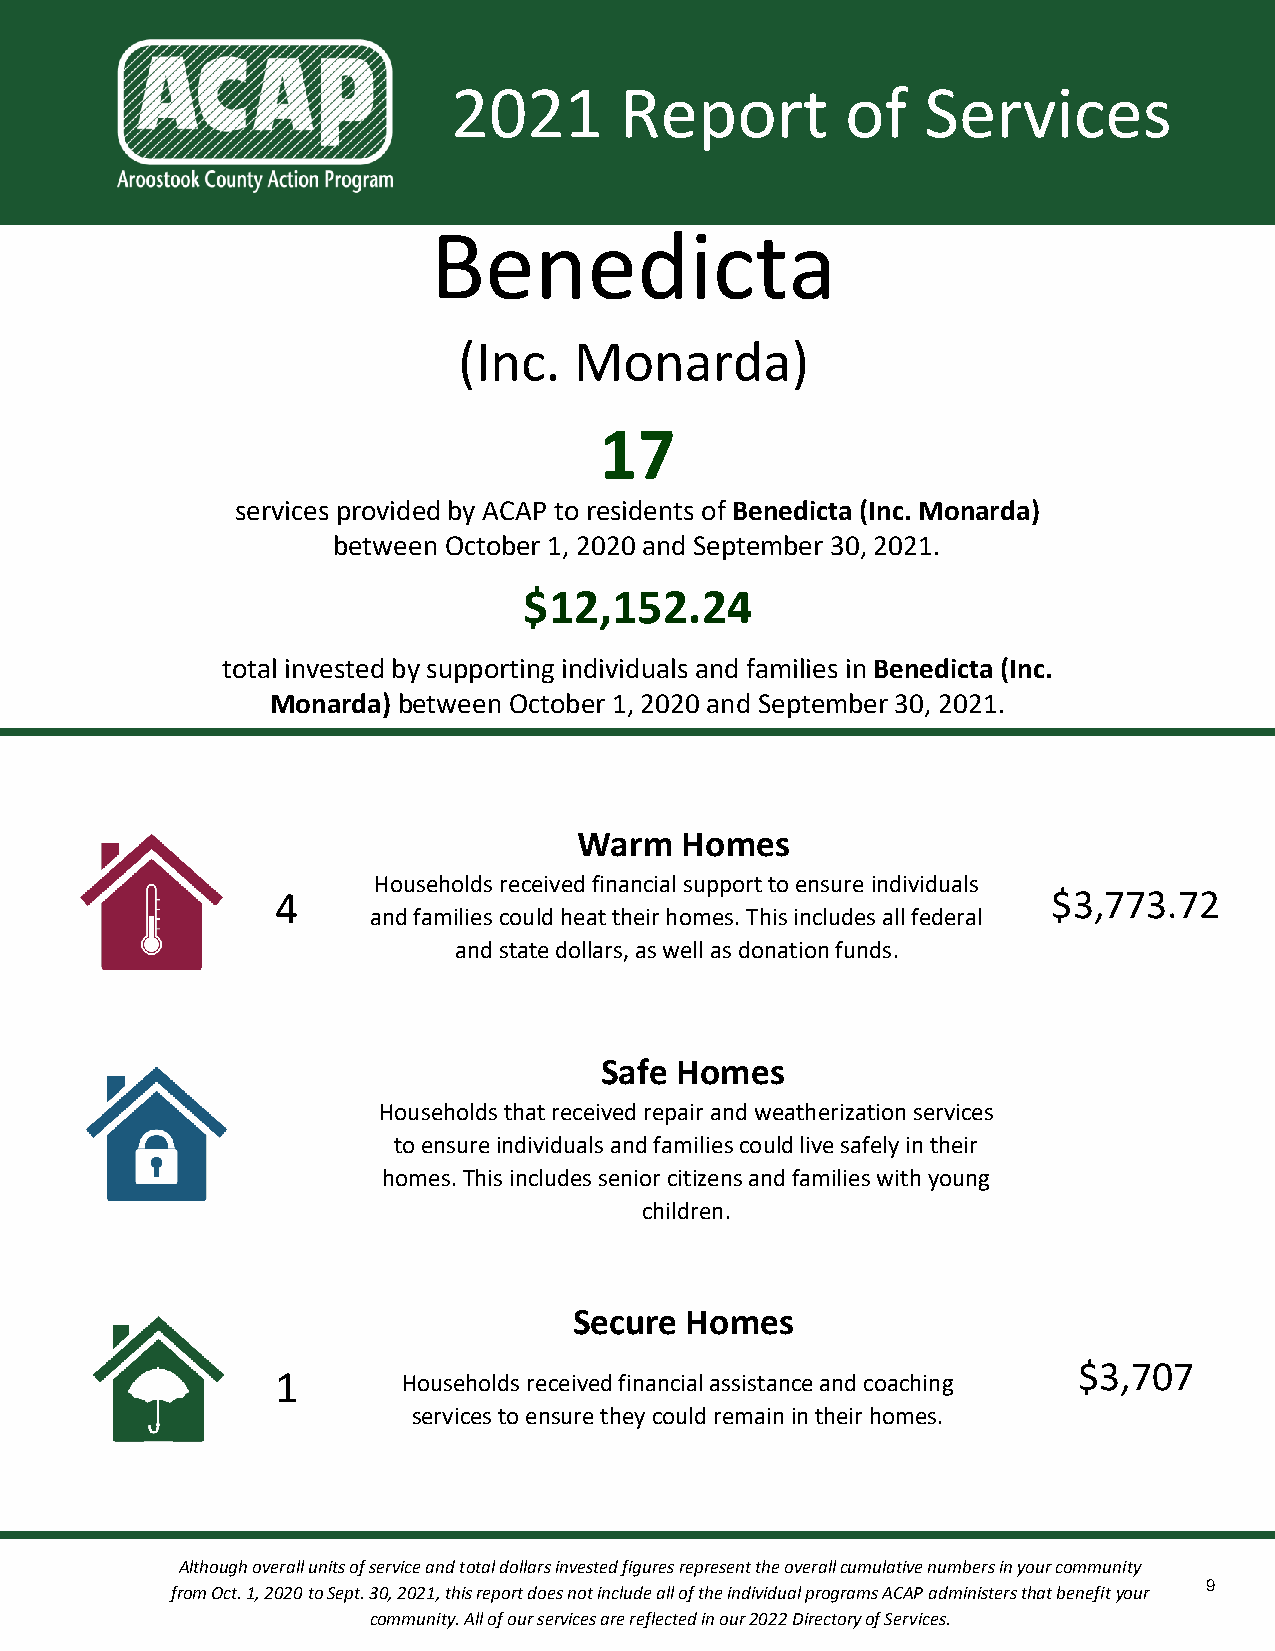
2021       Report         of   Services
 Benedicta
 (Inc.   Monarda)
 17
 services provided by ACAP to residents of Benedicta (Inc. Monarda)
 between October 1, 2020 and September 30, 2021.
 $12,152.24
 total invested by supporting individuals and families in Benedicta (Inc.
 Monarda) between October 1, 2020 and September 30, 2021.
 Warm   Homes
 Households received financial support to ensure individuals
 4                                                   $3,773.72
 and families could heat their homes. This includes all federal
 and state dollars, as well as donation funds.
 Safe Homes
 Households that received repair and weatherization services
 to ensure individuals and families could live safely in their
 homes. This includes senior citizens and families with young
 children.
 Secure Homes
 $3,707
 1        Households received financial assistance and coaching
 services to ensure they could remain in their homes.
 Although overall units of service and total dollars invested figures represent the overall cumulative numbers in your community
 9
 from Oct. 1, 2020 to Sept. 30, 2021, this report does not include all of the individual programs ACAP administers that benefit your
 community. All of our services are reflected in our 2022 Directory of Services.